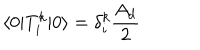
\langle 0 | T _ { i } ^ { k } | 0 \rangle = \delta _ { i } ^ { k } \frac { A _ { d } } { 2 }